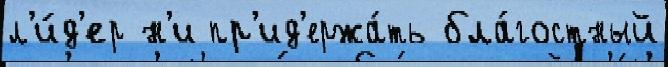
л'и́д'ер н'и пр'ид'ержа́ть бла́гостный